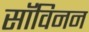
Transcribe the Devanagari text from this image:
सॉविनन